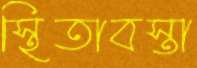
স্থিতাবস্তা